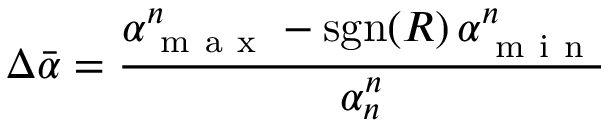
\Delta \bar { \alpha } = \frac { \alpha _ { \mathrm { ~ m ~ a ~ x ~ } } ^ { n } - \mathrm { s g n } ( R ) \, \alpha _ { \mathrm { ~ m ~ i ~ n ~ } } ^ { n } } { \alpha _ { n } ^ { n } }